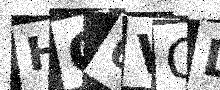
Text: HO6VOD